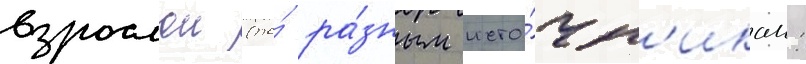
взрослои (по́ ра́зным исто́чн'икам: